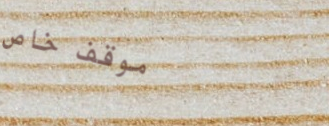
موقف خاص